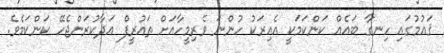
ޤައުމުގައި ހިނގާ ބައެއް ކަންކަމަކީ އެއިރަކު ހުންނަ ވެރިމީހާއަށް ތައުރީފް އަދާކުރަންޖެހޭ ކަންކަމެވެ.